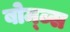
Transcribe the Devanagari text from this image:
बोम्ब्स